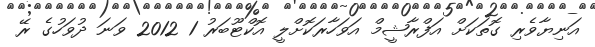
އަނިޔާވެރި ގޮތަކަށް އަފްރާޝީމް އަވަހާރަކޮށްލީ އޮކްޓޫބަރު 1 2012 ވަނަ ދުވަހުގެ ރޭ